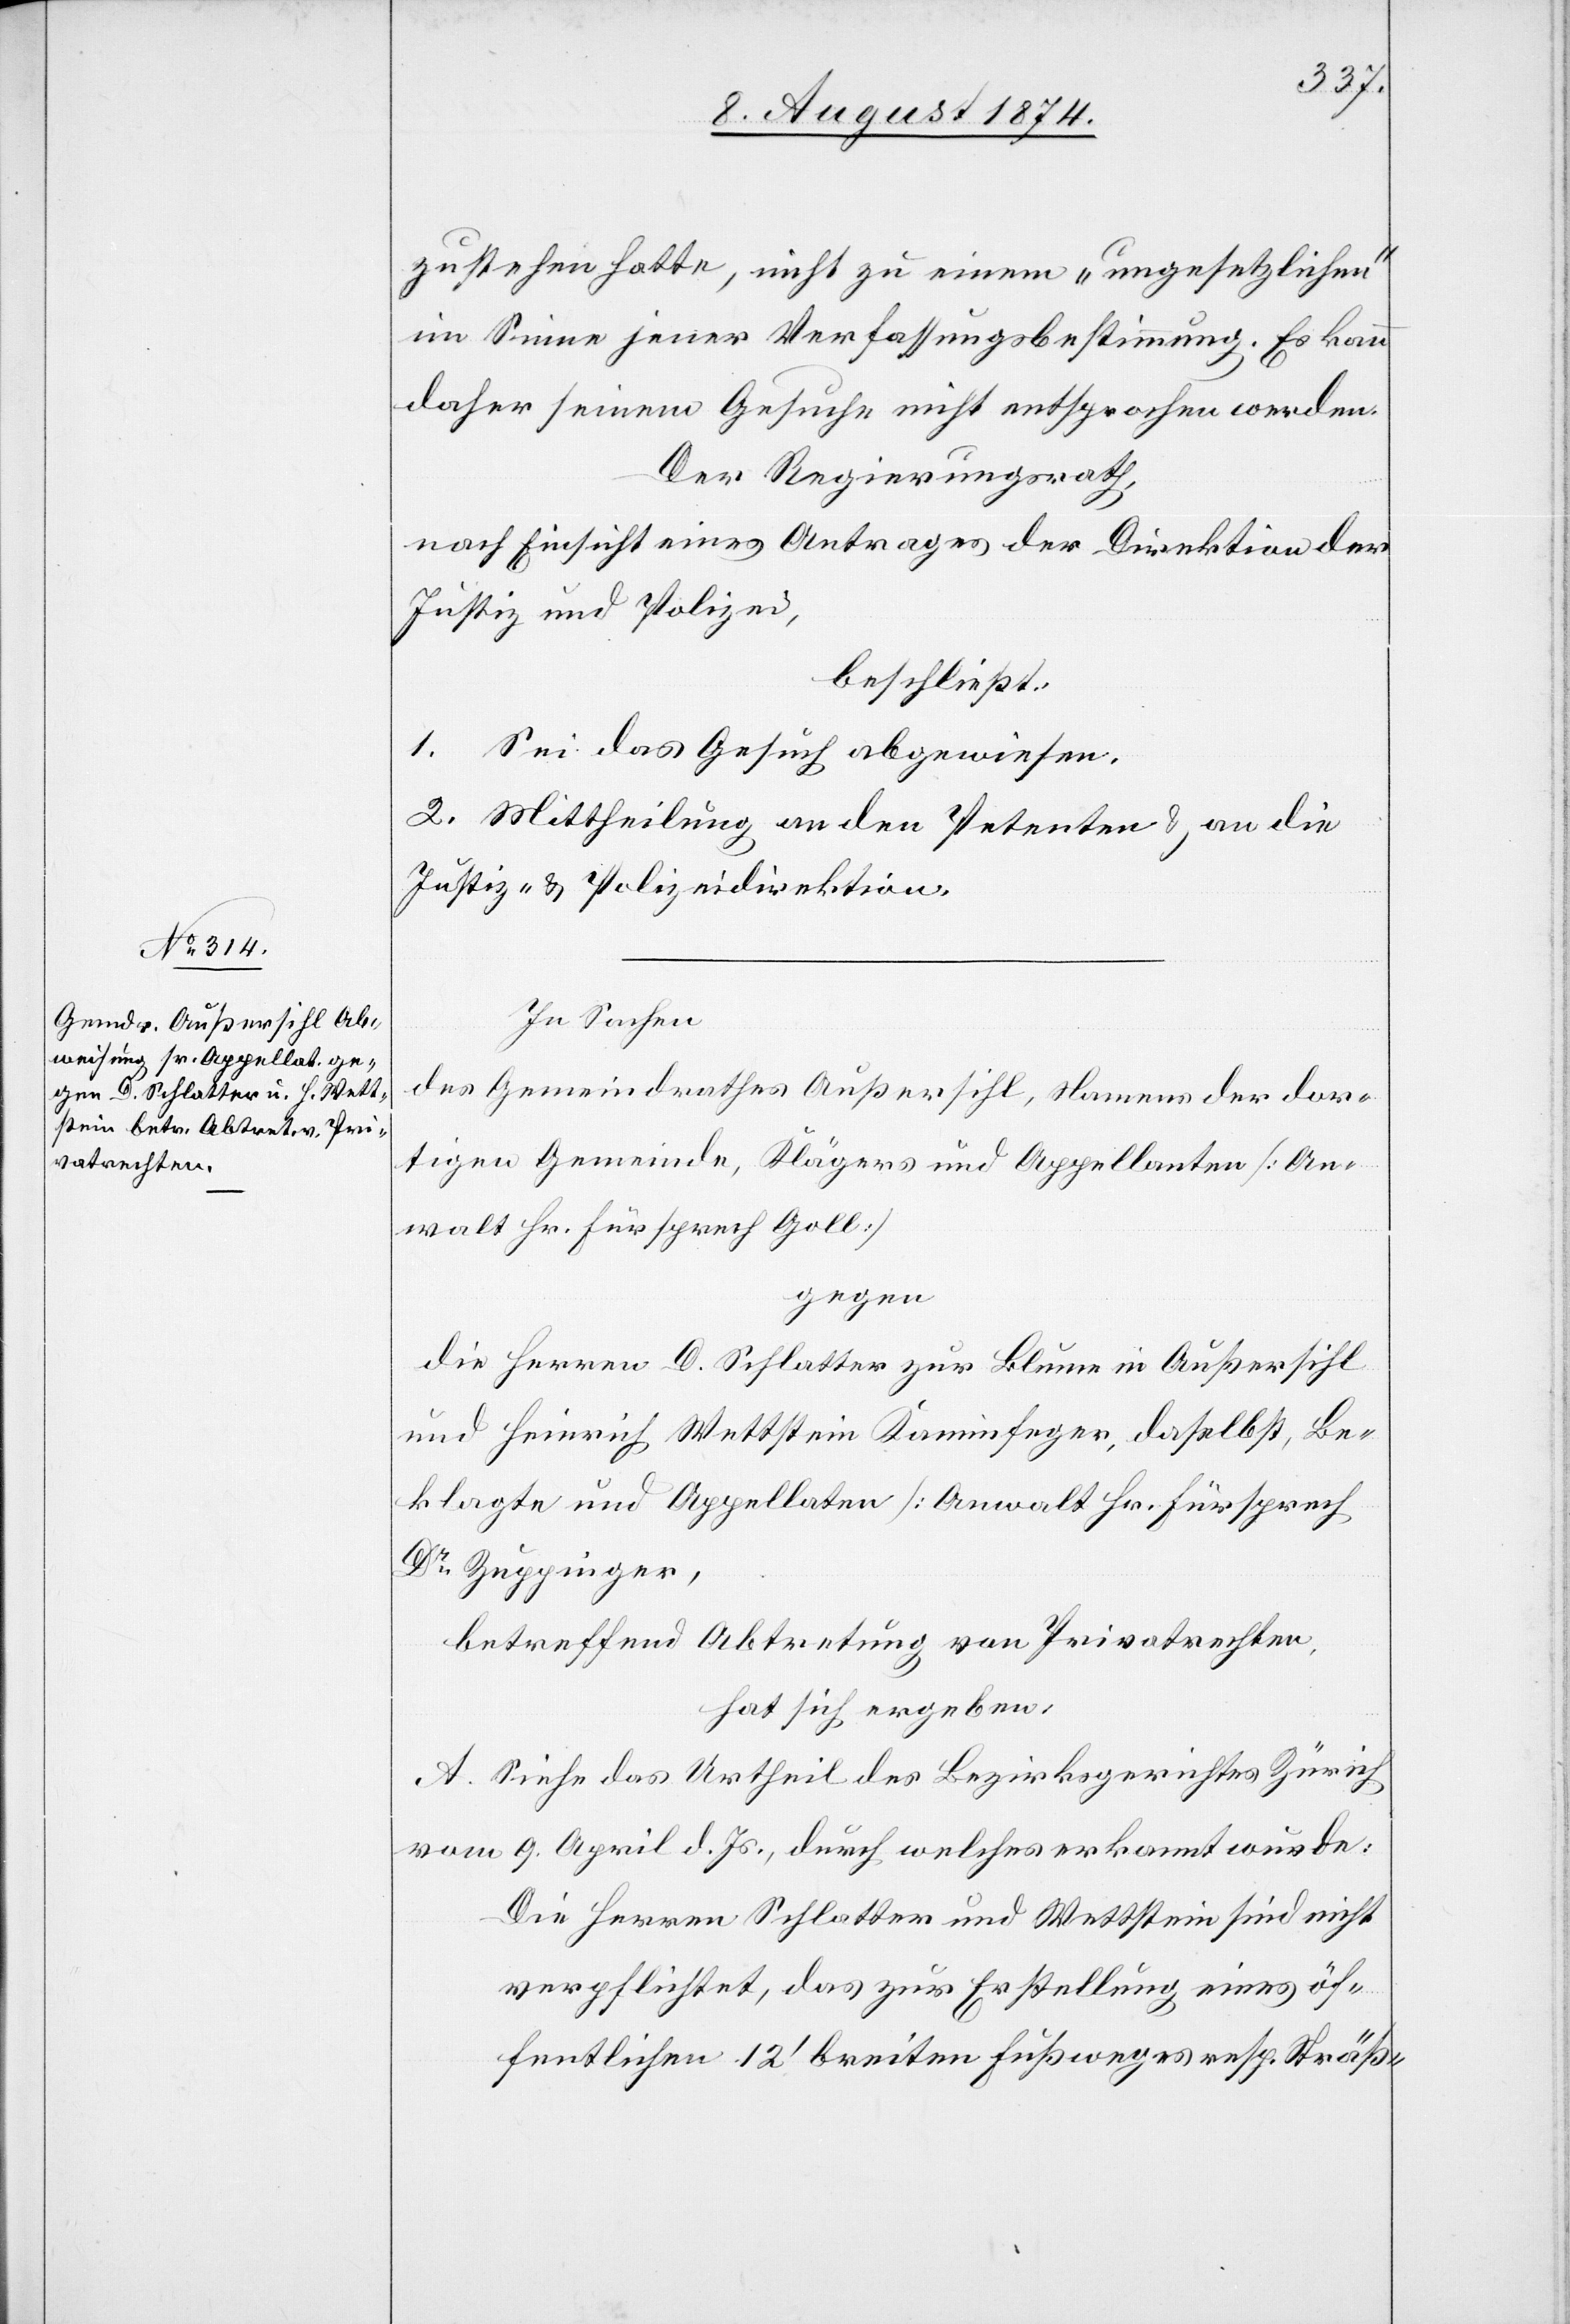
zustehen hatte, nicht zu einem „ungesetzlichen“
im Sinne jener Verfassungsbestimmung. Es kann
daher seinem Gesuche nicht entsprochen werden.
Der Regierungsrath,
nach Einsicht eines Antrages der Direktion der
Justiz und Polizei,
beschließt:
1. Sei das Gesuch abgewiesen.
2. Mittheilung an den Petenten u. an die
Justiz- u. Polizeidirektion.
In Sachen
des Gemeindrathes Außersihl, Namens der dor¬
tigen Gemeinde, Kläger und Appellanten [An¬
walt Hr. Fürsprech Goll]
gegen
die Herren D. Schlatter zur Blume in Außersihl
und Heinrich Wettstein Kaminfeger, daselbst, Be¬
klagte und Appellaten [Anwalt Hr. Fürsprech
Dr Zuppinger[]],
betreffend Abtretung von Privatrechten,
hat sich ergeben,
A. Siehe das Urtheil des Bezirksgerichte Zürich
vom 9. April d. Js., durch welches erkannt wurde:
Die Herren Schlatter und Wettstein sind nicht
verpflichtet, das zur Erstellung eines öf¬
fentlichen 12‘ breiten Fußweges resp. Sträß-